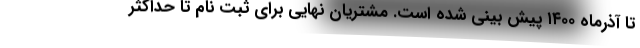
تا آذرماه ۱۴۰۰ پیش بینی شده است. مشتریان نهایی برای ثبت نام تا حداکثر